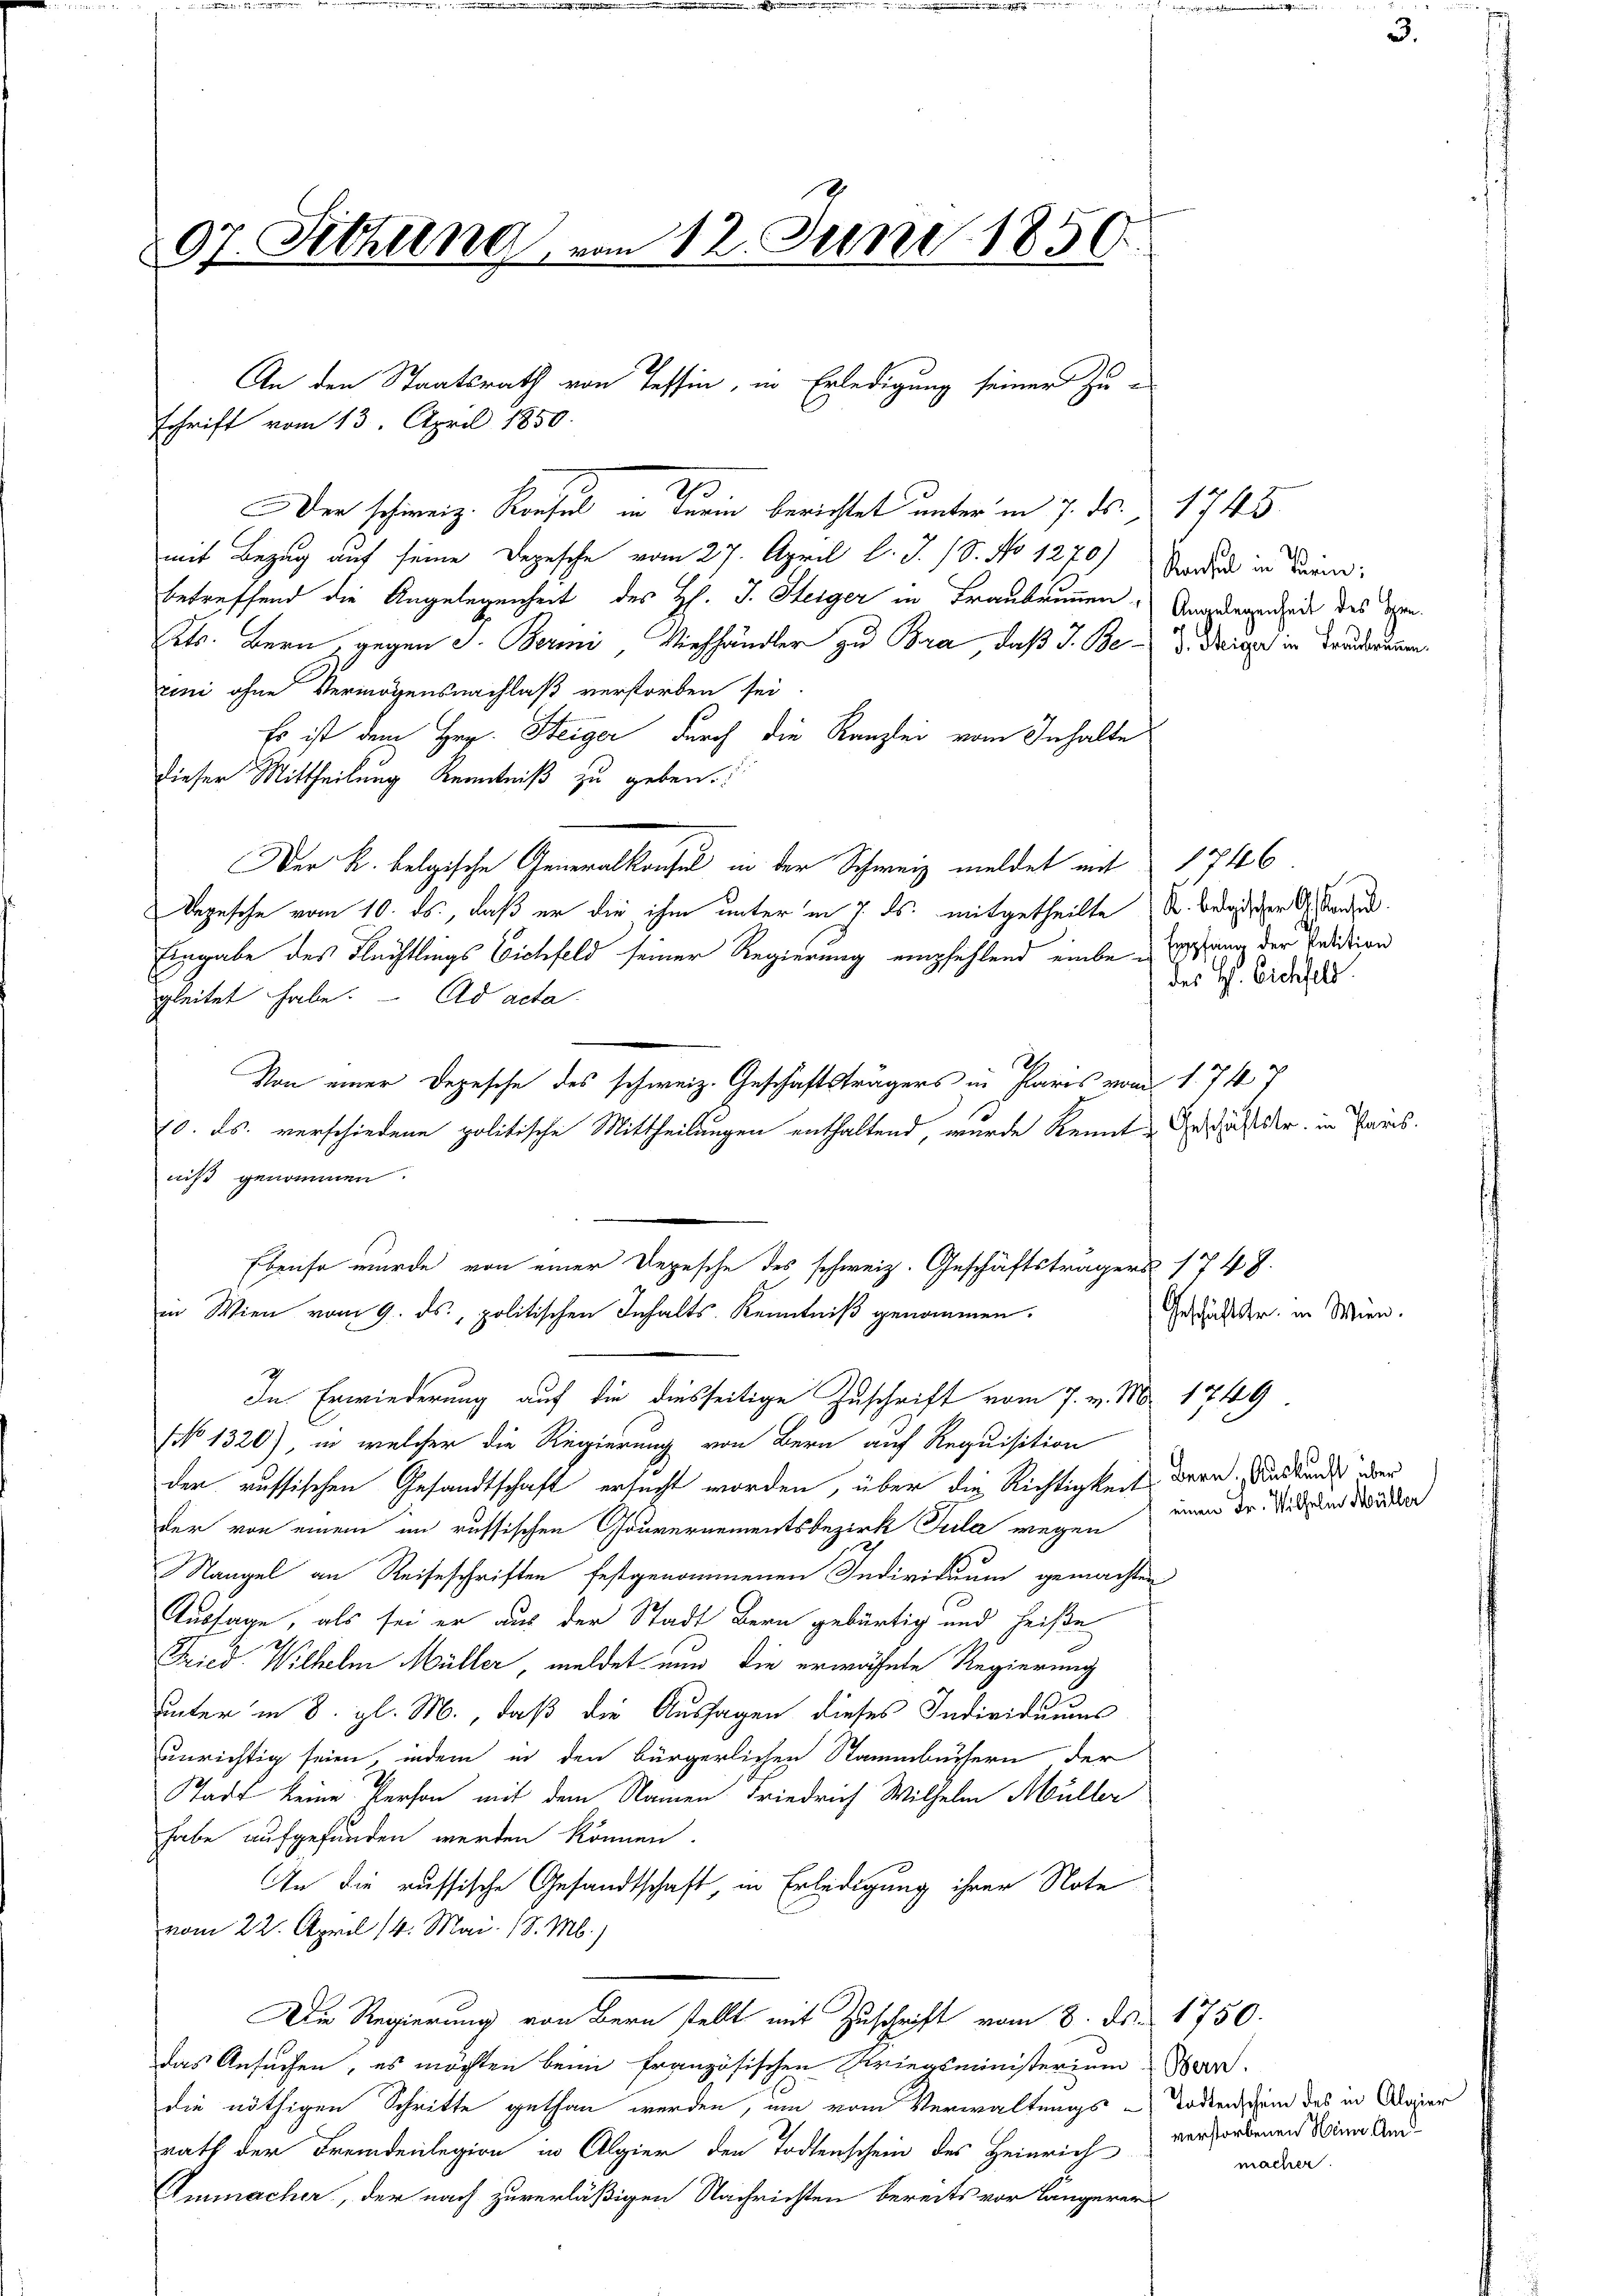
07. Sitzung von 12. Juni 1850.

An den Staatsrath von Tessin, in Erledigung seiner Zu-

schrift vom 13. April 1850.

Der schweiz. Konsul in deren berichtet unter in 7. ds. 1745
mit Bezug auf seine Depesche vom 27. April l. J. (S. No 1270) der in wenn
betreffend die Angelegenheit des H. J. Steiger in Franbrunnen. Angelegenheit des Sen¬
Rets. Bern, gegen S. Berni, Viehhändler zu Bra, daß J. Bed. Drigge in Brudernen.
rini ohne Vermögensnachlaß verforden sei
Es ist dem Hrn. Steiger durch die Kanzlei vom Inhalte
dieser Mittheilung Kenntniß zu geben.
Der K. belgische Generalkonsul in der Schweiz meldet mit 1746.
Depesche vom 10. ds., daß er die ihm unter in 7. ds. mitgetheilte u. Beischer Skandid
Eingabe des Flechtlings Eichfeld seiner Regierung empfehlend einbei gesang der Pedation
gleitet habe. - Ad acta
h
Von einer Depesche des schweiz. Geschäftsträgers in Paris vom 1. 74. 7
10. ds. verschiedene politische Mittheilungen enthaltend, wurde kennt Gestalt der in Paris.
niß genommen.
Ebenso wurde von einer Depesche des schweiz. Geschäftsträgers 1748.
in Wien vom 9. ds., politischen Inhalts-Kenntniß genommen.

In Erwiederung auf die diesseitige Zuschrift vom 7. v. M. 1749
No 1320), in welcher die Regierung von Bern auf Requisition
der russischen Gesandtschaft ersucht worden, über die Richtigkeit dere Auskundes oder
der von einem in russischen Gouvernementsbezirk Pula wegen
Nangel an Reiseschriften festgenommenen Individuum gemachten
Aussage, als sei er aus der Stadt Bern gebürtig und heiße
Fried Wilhelm Müller, meldet nun die erwähnte Regierung
unter in 8. gl. M., daß die Aussagen dieses Individuums
unrichtig seien, indem in den bürgerlichen Stammbussern der
Stadt keine Person mit dem Namen Friedrich Wilhelm Müller
habe aufgefunden werden können.
An die russische Gesandtschaft, in Erledigung ihrer Note
vom 22. April 14. Mai. 18. M.)
Die Regierung von Bern stellt mit Zuschrift vom 8. ds. 1750.
das Ansuchen, es möchten beim französischen Kriegsministerium Bern.
die nöthigen Schritte gethan werden, im vom Verwaltungs - Todtenschein des in Marier
rath der Fremdenlegion in Algier den Todtenschein des Heinrich
Emmacher, der nach zuverläßigen Nachrichten bereits vor längerer

10.

des H. Eichfeld.

Geschäftstr. in Wien.
einen Fr. Wilhelm Müller

verstorbenen Meine Ammacher.